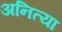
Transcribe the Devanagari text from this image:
अनित्या